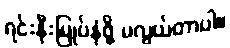
ရင်းနှီးမြုပ်နှံဖို့ မလွယ်တာပါ။